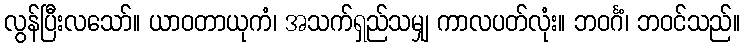
လွန်ပြီးလသော်။ ယာဝတာယုကံ၊ အသက်ရှည်သမျှ ကာလပတ်လုံး။ ဘဝင်္ဂံ၊ ဘဝင်သည်။